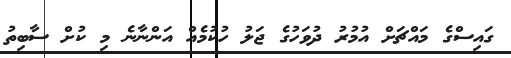
ގައިސްގެ މައްޗަށް އުމުރު ދުވަހުގެ ޖަލު ހުކުމެއް އަންނާނެ މި ކުށް ސާބިތު